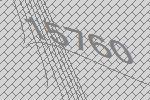
15760